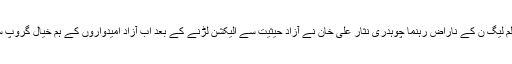
21 جون 2018ء) : پاکستان مسلم لیگ ن کے ناراض رہنما چوہدری نثار علی خان نے آزاد حیثیت سے الیکشن لڑنے کے بعد اب آزاد امیدواروں کے ہم خیال گروپ سے رابطے شروع کر دئیے ہیں۔